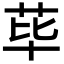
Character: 荜